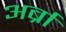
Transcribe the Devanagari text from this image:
अर्ब्रा